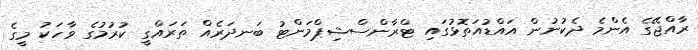
ރާއްޖޭގެ އެންމެ ދެކުނުން އައްޑުއަތޮޅުގައި ޓްރާންސްޝިޕްމަންޓު ބަނދަރެއް ތަރައްގީ ކުރުމުގެ ވާހަކު މީގެ